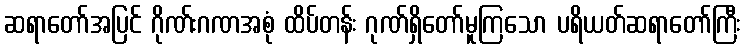
ဆရာတော်အပြင် ဂိုဏ်းဂဏအစုံ ထိပ်တန်း ဂုဏ်ရှိတော်မူကြသော ပရိယတ်ဆရာတော်ကြီး